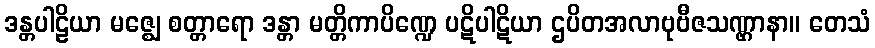
ဒန္တပါဠိယာ မဇ္ဈေ စတ္တာရော ဒန္တာ မတ္တိကာပိဏ္ဍေ ပဋိပါဋိယာ ဌပိတအလာဗုဗီဇသဏ္ဌာနာ။ တေသံ